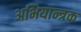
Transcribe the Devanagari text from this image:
अभियान्त्रक